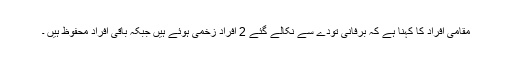
مقامی افراد کا کہنا ہے کہ برفانی تودے سے نکالے گئے 2 افراد زخمی ہوئے ہیں جبکہ باقی افراد محفوظ ہیں ۔